Vaccination in Bombay 1902-1912 - 1902-1912
Year: 1902
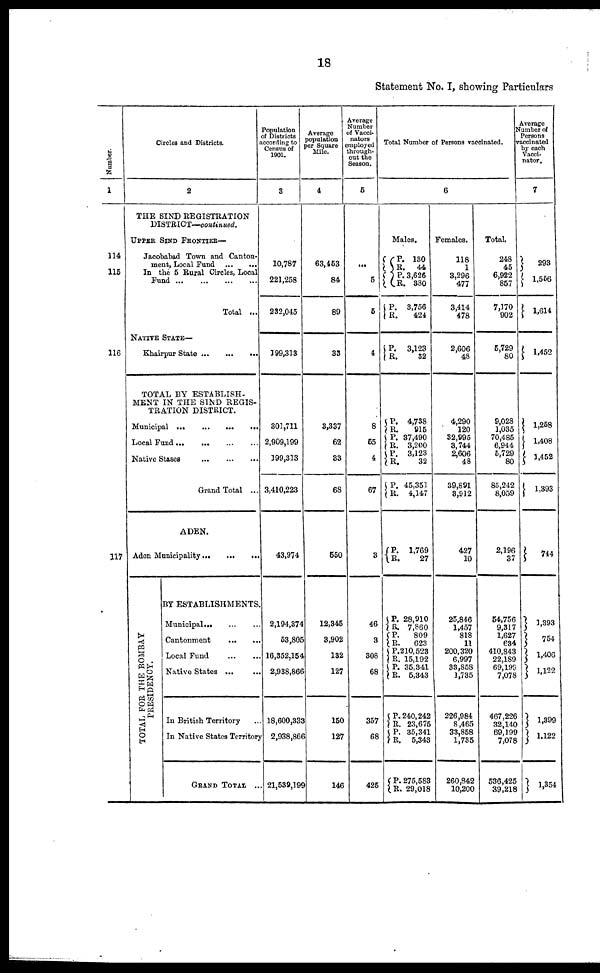
18
Statement No. I, showing Particulars
Number.
1
114
115
116
117
Circles and Districts.
2
THE SIND REGISTRATION
DISTRICT—continued.
UPPER SIND FRONTIER—
Jacobabad Town and Canton-
ment, Local Fund
...
...
In the 5 Rural Circles, Local
Fund
...
...
...
...
Total ...
NATIVE STATE—
Khairpur State
...
...
...
TOTAL BY ESTABLISH-
MENT IN THE SIND REGIS-
TRATION DISTRICT.
Municipal ...
...
...
...
Local Fund
...
...
...
...
Native Stases
...
...
...
Grand Total ...
ADEN.
Aden Municipality
...
...
...
TOTAL FOR THE BOMBAY
PRESIDENCY.
BY ESTABLISHMENTS
Municipal ...
...
...
Cantonment
...
...
Local Fund
...
...
Native States ... ...
In British Territory ...
In Native States Territory
GRAND TOTAL ...
Population
of Districts
according to
Census of
1901.
3
10,787
221,258
232,045
199,313
301,711
2,909,199
199,313
3,410,223
43,974
2,194,374
53,805
16,352,154
2,938,866
18,600,333
2,938,866
21,539,199
Average
population
per Square
Mile.
4
63,453
84
89
33
3,337
62
33
68
550
12,345
3,902
132
127
150
127
146
Average
Number
of Vacci-
nators
employed
through-
out the
Season.
5
...
5
5
4
8
55
4
67
3
46
3
308
68
357
68
425
Total Number of Persons vaccinated.
6
Males.
P.
R.
P.
R.
P.
R.
P.
R.
P.
R.
P.
R.
P.
R.
P.
R.
P.
R.
P.
R.
P.
R.
P.
R.
P.
R.
P.
R.
P.
R.
P.
R.
130
44
3,626
380
3,756
424
3,123
32
4,738
915
37,490
3,200
3,123
32
45,351
4,147
1,769
27
28,910
7,860
809
623
210,523
15,192
35,341
5,343
240,242
23,675
35,341
5,343
275,583
29,018
Females.
118
1
3,296
477
3,414
478
2,606
48
4,290
120
32,995
3,744
2,606
48
39,891
3,912
427
10
25,846
1,457
818
11
200,320
6,997
33,858
1,735
226,984
8,465
33,858
1,735
260,842
10,200
Total.
248
45
6,922
857
7,170
902
5,729
80
9,028
1,035
70,485
6,944
5,729
80
85,242
8,059
2,196
37
54,756
9,317
1,627
634
410,843
22,189
69,199
7,078
467,226
32,140
69,199
7,078
536,425
39,218
Average
Number of
Persons
vaccinated
by each
Vacci-
nator.
7
293
1,556
1,614
1,452
1,258
1,408
1,452
1,393
744
1,393
754
1,406
1,122
1,399
1,122
1,354